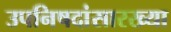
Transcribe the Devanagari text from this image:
उपनिषदांसारख्या